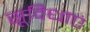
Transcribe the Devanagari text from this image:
सूविधाएं